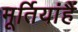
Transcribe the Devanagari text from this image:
मूर्तियांहैं